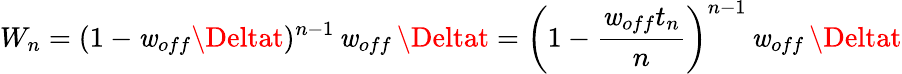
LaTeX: W_{n}=(1-\mathit{w}_{off}\Deltat)^{n-1}\, \mathit{w}_{off}\, \Deltat=\left(1-{\frac{{\mathit{w}_{off}t_{n}}}{{n}}}\right)^{n-1}\, \mathit{w}_{off}\, \Deltat